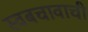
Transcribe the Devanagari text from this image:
स्वबचावाची